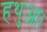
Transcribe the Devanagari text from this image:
हथुआ।